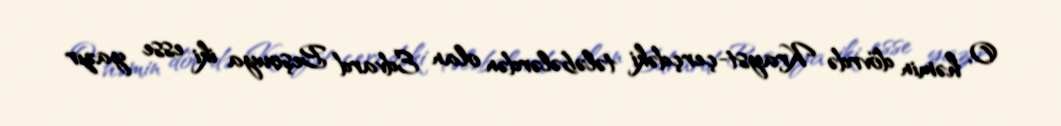
O, həmin dövrdə Krayst-çerçdəki tələbələrdən olan Edvard Beşouya iki esse yazır